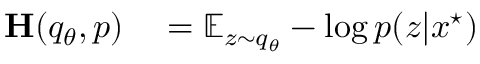
\begin{array} { r l } { \mathbf { H } ( q _ { \theta } , p ) } & { { } = \mathbb { E } _ { z \sim q _ { \theta } } - \log p ( z | x ^ { \star } ) } \end{array}